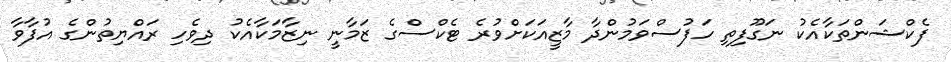
ފެކްޝަންތަކާއެކު ނަގޫފިތި ހަފުސްވަމުންދާ މާޒީއަކަށްވުރެ ޓެކްސްގެ ޒަމާނީ ނިޒާމަކާއެކު ދިވެހި ރައްޔިތުންގެ އުފާވާ